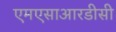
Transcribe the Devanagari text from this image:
एमएसाआरडीसी